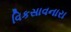
વિકસાવનારા